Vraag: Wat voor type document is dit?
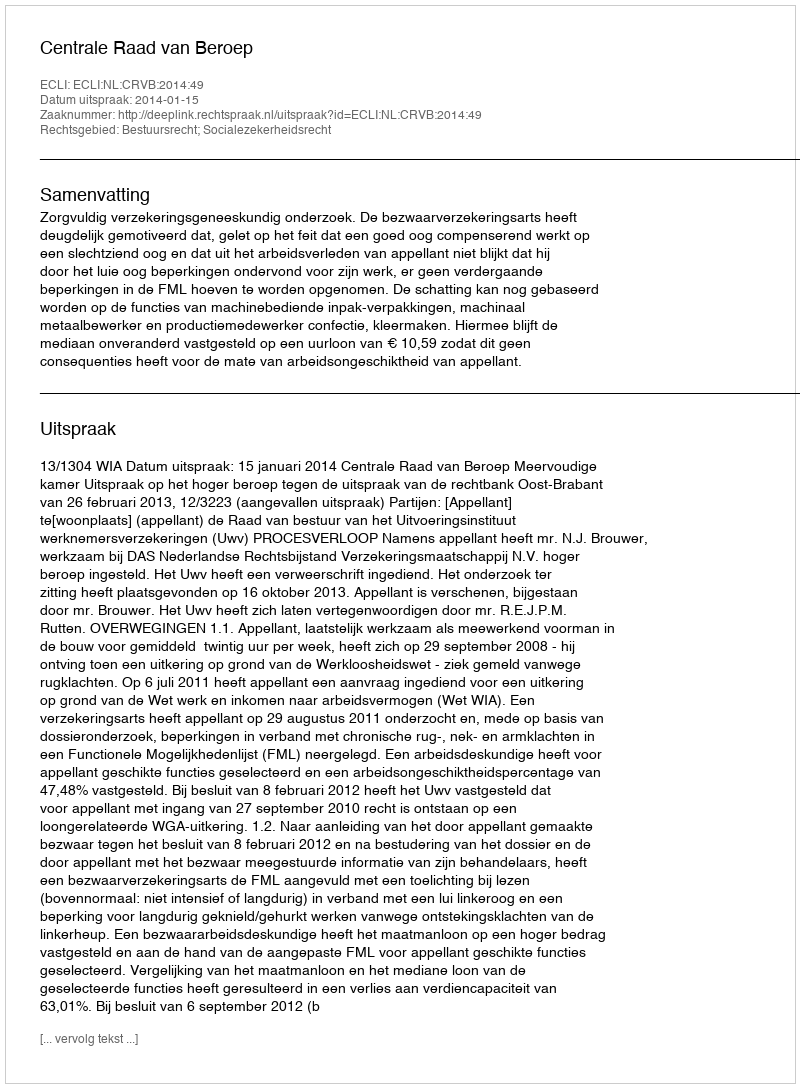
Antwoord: Uitspraak